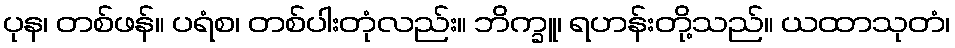
ပုန၊ တစ်ဖန်။ ပရံစ၊ တစ်ပါးတုံလည်း။ ဘိက္ခူ၊ ရဟန်းတို့သည်။ ယထာသုတံ၊